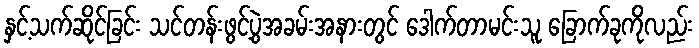
နှင့်သက်ဆိုင်ခြင်း သင်တန်းဖွင့်ပွဲအခမ်းအနားတွင် ဒေါက်တာမင်းသူ ခြောက်ခုကိုလည်း